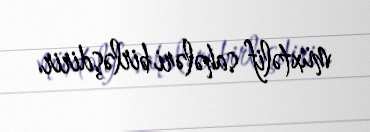
müxtəlif sahələri birləşdirir.